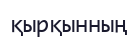
қырқынның